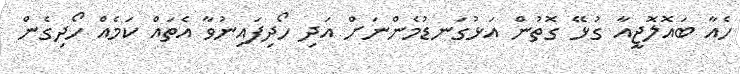
ހެއާ ބައޮލޮޖީއާ ގުޅޭ ގޮތުން އަޅުގަނޑުމެންނަށް އަދި ހޯދިފައިނުވާ އެތައް ކަމެއް ހޯދިގެން